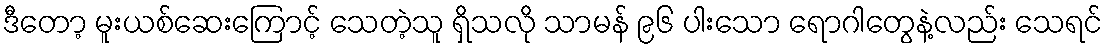
ဒီတော့ မူးယစ်ဆေးကြောင့် သေတဲ့သူ ရှိသလို သာမန် ၉၆ ပါးသော ရောဂါတွေနဲ့လည်း သေရင်